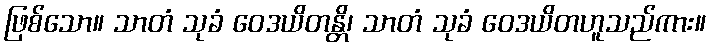
ဖြစ်သော။ သာတံ သုခံ ဝေဒယိတန္တိ၊ သာတံ သုခံ ဝေဒယိတဟူသည်ကား။